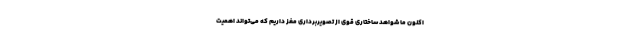
اکنون ما شواهد ساختاری قوی از تصویربرداری مغز داریم که می‌تواند اهمیت